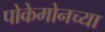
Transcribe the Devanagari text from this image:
पोकेमोनच्या